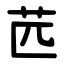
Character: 苉